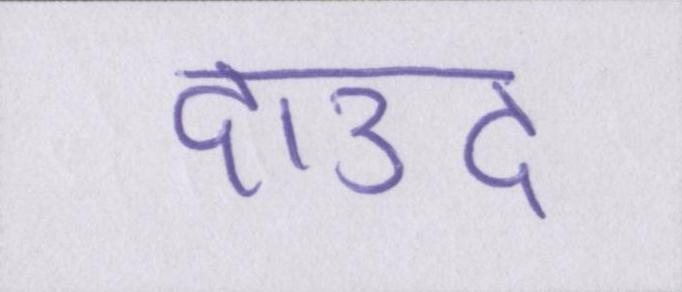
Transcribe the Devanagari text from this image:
दाउद